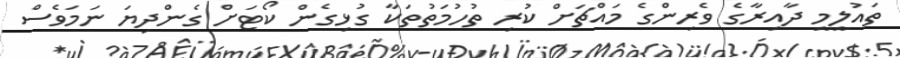
ތައުލީމީ ދާއިރާގެ ވެރިންގެ މައްޗަށް ކުރި ތުހުމަތުތަކާ ގުޅިގެން ކޯޓަށް ގެންދިޔަ ނަމަވެސް